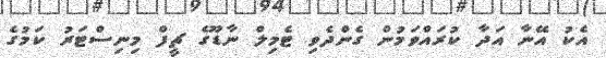
އެކު އޭނާ އަދާ ކުރައްވަމުން ގެންދެވި ޓެމިލް ނާޑޫގެ ޗީފް މިނިސްޓަރު ކަމުގެ